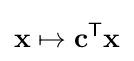
\mathbf {x} \mapsto \mathbf {c} ^{\mathsf {T}}\mathbf {x}